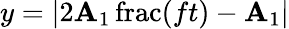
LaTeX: y=\left|2\mathbf{A}_{1}\operatorname{frac}(ft)-\mathbf{A}_{1}\right|